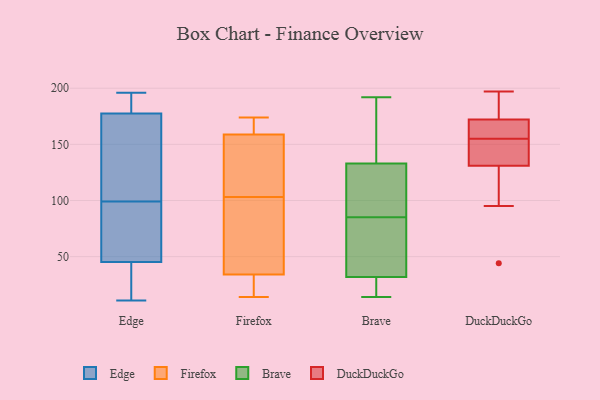
{"axis": {"x": "Production Output", "y": "Value"}, "legend": ["Brave", "DuckDuckGo", "Edge", "Firefox"], "data": [{"x": "", "y": 43, "type": "Edge"}, {"x": "", "y": 52, "type": "Edge"}, {"x": "", "y": 167, "type": "Edge"}, {"x": "", "y": 75, "type": "Edge"}, {"x": "", "y": 99, "type": "Edge"}, {"x": "", "y": 91, "type": "Edge"}, {"x": "", "y": 128, "type": "Edge"}, {"x": "", "y": 43, "type": "Edge"}, {"x": "", "y": 11, "type": "Edge"}, {"x": "", "y": 29, "type": "Edge"}, {"x": "", "y": 196, "type": "Edge"}, {"x": "", "y": 181, "type": "Edge"}, {"x": "", "y": 187, "type": "Edge"}, {"x": "", "y": 195, "type": "Edge"}, {"x": "", "y": 96, "type": "Edge"}, {"x": "", "y": 163, "type": "Edge"}, {"x": "", "y": 167, "type": "Edge"}, {"x": "", "y": 181, "type": "Edge"}, {"x": "", "y": 16, "type": "Edge"}, {"x": "", "y": 50, "type": "Firefox"}, {"x": "", "y": 138, "type": "Firefox"}, {"x": "", "y": 35, "type": "Firefox"}, {"x": "", "y": 103, "type": "Firefox"}, {"x": "", "y": 164, "type": "Firefox"}, {"x": "", "y": 31, "type": "Firefox"}, {"x": "", "y": 14, "type": "Firefox"}, {"x": "", "y": 24, "type": "Firefox"}, {"x": "", "y": 171, "type": "Firefox"}, {"x": "", "y": 174, "type": "Firefox"}, {"x": "", "y": 71, "type": "Firefox"}, {"x": "", "y": 99, "type": "Firefox"}, {"x": "", "y": 137, "type": "Firefox"}, {"x": "", "y": 19, "type": "Firefox"}, {"x": "", "y": 165, "type": "Firefox"}, {"x": "", "y": 155, "type": "Firefox"}, {"x": "", "y": 157, "type": "Firefox"}, {"x": "", "y": 142, "type": "Brave"}, {"x": "", "y": 180, "type": "Brave"}, {"x": "", "y": 36, "type": "Brave"}, {"x": "", "y": 192, "type": "Brave"}, {"x": "", "y": 18, "type": "Brave"}, {"x": "", "y": 113, "type": "Brave"}, {"x": "", "y": 128, "type": "Brave"}, {"x": "", "y": 130, "type": "Brave"}, {"x": "", "y": 173, "type": "Brave"}, {"x": "", "y": 27, "type": "Brave"}, {"x": "", "y": 31, "type": "Brave"}, {"x": "", "y": 95, "type": "Brave"}, {"x": "", "y": 32, "type": "Brave"}, {"x": "", "y": 85, "type": "Brave"}, {"x": "", "y": 66, "type": "Brave"}, {"x": "", "y": 56, "type": "Brave"}, {"x": "", "y": 14, "type": "Brave"}, {"x": "", "y": 197, "type": "DuckDuckGo"}, {"x": "", "y": 44, "type": "DuckDuckGo"}, {"x": "", "y": 95, "type": "DuckDuckGo"}, {"x": "", "y": 134, "type": "DuckDuckGo"}, {"x": "", "y": 130, "type": "DuckDuckGo"}, {"x": "", "y": 176, "type": "DuckDuckGo"}, {"x": "", "y": 155, "type": "DuckDuckGo"}, {"x": "", "y": 155, "type": "DuckDuckGo"}, {"x": "", "y": 120, "type": "DuckDuckGo"}, {"x": "", "y": 147, "type": "DuckDuckGo"}, {"x": "", "y": 177, "type": "DuckDuckGo"}, {"x": "", "y": 185, "type": "DuckDuckGo"}, {"x": "", "y": 160, "type": "DuckDuckGo"}, {"x": "", "y": 157, "type": "DuckDuckGo"}, {"x": "", "y": 161, "type": "DuckDuckGo"}]}